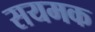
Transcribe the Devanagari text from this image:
सयमक